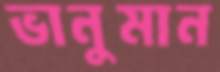
ভানুমান